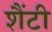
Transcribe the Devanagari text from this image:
शैंटी